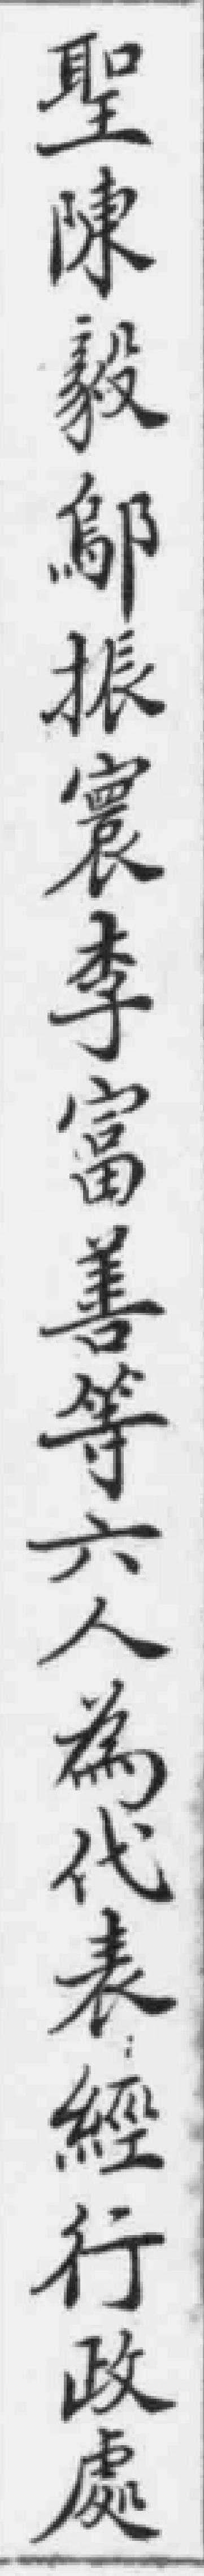
聖陳毅鄔振寰李富善等六人為代表經行政處